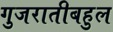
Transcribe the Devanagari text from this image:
गुजरातीबहुल